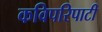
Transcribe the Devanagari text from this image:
कविपरिपाटी